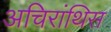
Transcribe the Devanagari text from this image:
अचिरांथिस